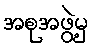
အစုအဖွဲ့မှ